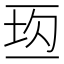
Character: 𰁘